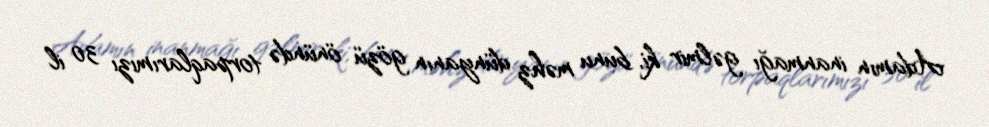
Adamın inanmağı gəlmir ki, bunu məhz dünyanın gözü önündə torpaqlarımızı 30 il